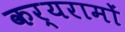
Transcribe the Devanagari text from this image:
कर्यरामों